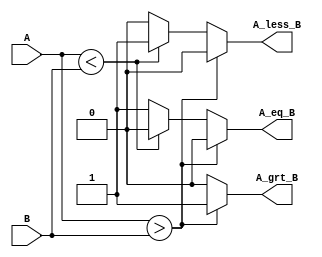
module Comparator_design(
  input [1:0] A, B,
  output reg A_grt_B, A_less_B, A_eq_B
);

always @(*) begin
  A_grt_B = 0; 
  A_less_B = 0; 
  A_eq_B = 0;
  
  if (A > B) 
    A_grt_B = 1'b1;
  else if (A < B) 
    A_less_B = 1'b1;
  else 
    A_eq_B = 1'b1;
end

endmodule